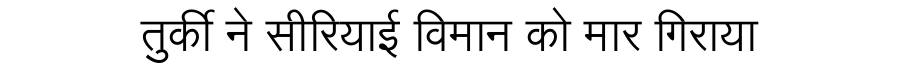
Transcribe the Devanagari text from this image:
तुर्की ने सीरियाई विमान को मार गिराया